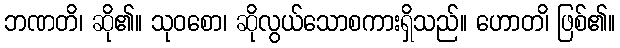
ဘဏတိ၊ ဆို၏။ သုဝစော၊ ဆိုလွယ်သောစကားရှိသည်။ ဟောတ၊ိ ဖြစ်၏။